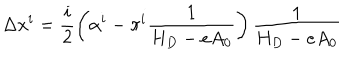
\Delta x ^ { i } = \frac i 2 \left( \alpha ^ { i } - \pi ^ { i } \frac 1 { H _ { D } - e A _ { 0 } } \right) \frac 1 { H _ { D } - e A _ { 0 } }